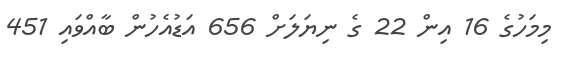
މިމަހުގެ 16 އިން 22 ގެ ނިޔަލަށް 656 އަޑުއެހުން ބާއްވައި 451